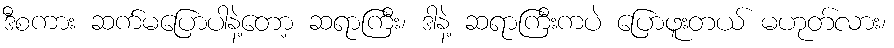
ဒီစကား ဆက်မပြောပါနဲ့တော့ ဆရာကြီး၊ ဒါနဲ့ ဆရာကြီးကပဲ ပြောဖူးတယ် မဟုတ်လား၊